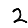
Digit: 2